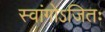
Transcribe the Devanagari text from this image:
स्वांगोऽजितः